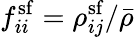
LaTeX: f_{ii}^{\mathrm{sf}}=\rho_{ij}^{\mathrm{sf}}/\bar{\rho}